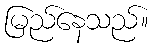
မြည်နေသည်။